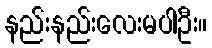
နည်းနည်းလေးမပါဦး။